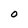
Character: O